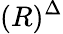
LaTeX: (R)^{\Delta}